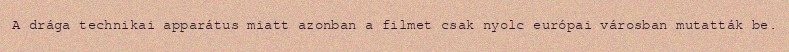
A drága technikai apparátus miatt azonban a filmet csak nyolc európai városban mutatták be.